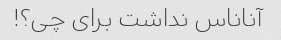
آناناس نداشت برای چی؟!